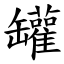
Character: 罐